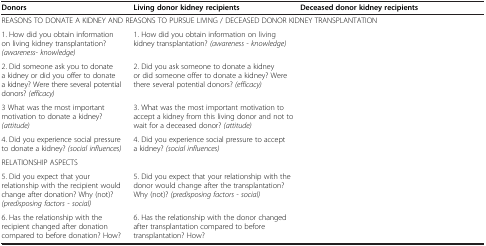
<table><thead><tr><td><b>Donors</b></td><td><b>Living donor kidney recipients</b></td><td><b>Deceased donor kidney recipients</b></td></tr></thead><tbody><tr><td colspan="3">REASONS TO DONATE A KIDNEY AND REASONS TO PURSUE LIVING / DECEASED DONOR KIDNEY TRANSPLANTATION</td></tr><tr><td>1. How did you obtain information on living kidney transplantation? <i>(awareness- knowledge)</i></td><td>1. How did you obtain information on living kidney transplantation? <i>(awareness - knowledge)</i></td><td>[EMPTY_CELL]</td></tr><tr><td>2. Did someone ask you to donate a kidney or did you offer to donate a kidney? Were there several potential donors? <i>(efficacy)</i></td><td>2. Did you ask someone to donate a kidney or did someone offer to donate a kidney? Were there several potential donors? <i>(efficacy)</i></td><td>[EMPTY_CELL]</td></tr><tr><td>3 What was the most important motivation to donate a kidney? <i>(attitude)</i></td><td>3. What was the most important motivation to accept a kidney from this living donor and not to wait for a deceased donor? <i>(attitude)</i></td><td>[EMPTY_CELL]</td></tr><tr><td>4. Did you experience social pressure to donate a kidney? <i>(social influences)</i></td><td>4. Did you experience social pressure to accept a kidney? <i>(social influences)</i></td><td>[EMPTY_CELL]</td></tr><tr><td colspan="3">RELATIONSHIP ASPECTS</td></tr><tr><td>5. Did you expect that your relationship with the recipient would change after donation? Why (not)? <i>(predisposing factors - social)</i></td><td>5. Did you expect that your relationship with the donor would change after the transplantation? Why (not)? <i>(predisposing factors - social)</i></td><td>[EMPTY_CELL]</td></tr><tr><td>6. Has the relationship with the recipient changed after donation compared to before donation? How?</td><td>6. Has the relationship with the donor changed after transplantation compared to before transplantation? How?</td><td>[EMPTY_CELL]</td></tr></tbody></table>